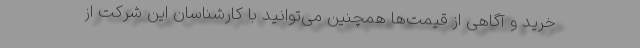
خرید و آگاهی از قیمت‌ها همچنین می‌توانید با کارشناسان این شرکت از